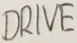
Text: DRIVE